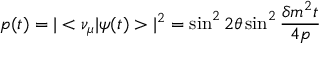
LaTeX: p ( t ) = | < \nu _ { \mu } | \psi ( t ) > | ^ { 2 } = \sin ^ { 2 } 2 \theta \sin ^ { 2 } { \frac { \delta m ^ { 2 } t } { 4 p } }